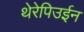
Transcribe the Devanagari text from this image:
थेरेपिउईन